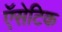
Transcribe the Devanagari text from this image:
ऍसेटिक